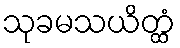
သုခမသယိတ္ထံ